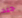
جيد